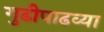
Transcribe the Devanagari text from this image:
गुढीपाढव्या